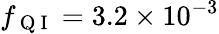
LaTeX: f_{\mathrm{~Q~I~}}=3.2\times 10^{-3}